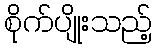
စိုက်ပျိုးသည့်